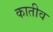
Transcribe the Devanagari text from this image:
कातीव